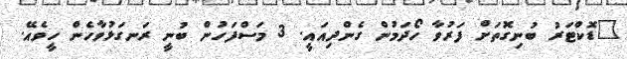
"ޑޮކްޓަރު ބުނިގޮތަށް ފަރުވާ ހޯދަމުން ގެންދިއައީ. 3 މަސްފަހުން ބުނީ ރަނގަޅުވާހެން ހީވެއޭ.